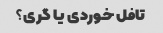
تافل خوردی یا گری؟